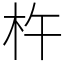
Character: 杵